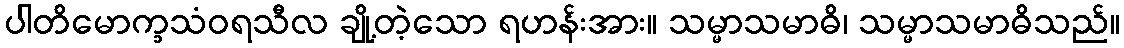
ပါတိမောက္ခသံဝရသီလ ချို့တဲ့သော ရဟန်းအား။ သမ္မာသမာဓိ၊ သမ္မာသမာဓိသည်။